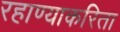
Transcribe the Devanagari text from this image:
रहाण्याकरिता